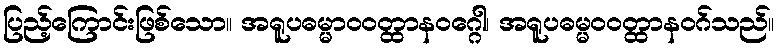
ပြည့်ကြောင်းဖြစ်သော။ အရူပဓမ္မာဝဝတ္ထာနဝဂ္ဂေါ၊ အရူပဓမ္မဝဝတ္ထာနဝဂ်သည်။